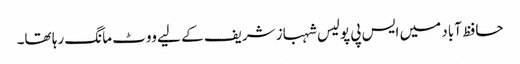
حافظ آباد میں ایس پی پولیس شہباز شریف کے لیے ووٹ مانگ رہا تھا۔